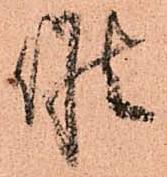
候